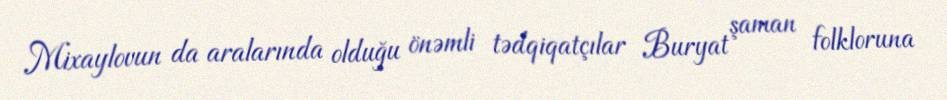
Mixaylovun da aralarında olduğu önəmli tədqiqatçılar Buryat şaman folkloruna